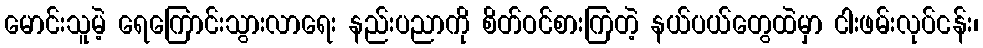
မောင်းသူမဲ့ ရေကြောင်းသွားလာရေး နည်းပညာကို စိတ်ဝင်စားကြတဲ့ နယ်ပယ်တွေထဲမှာ ငါးဖမ်းလုပ်ငန်း၊